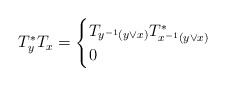
\begin{align*}T_y^*T_x = \begin{cases}T_{y^{-1}(y\vee x)}T^*_{x^{-1}(y\vee x)} &\\0&\end{cases}\end{align*}